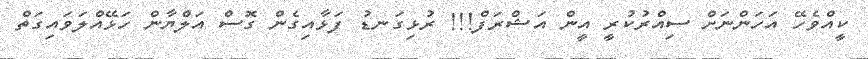
ކީއްވެހޭ އަހަންނަށް ސިއްރުކުރީ އީން އަޝްރަފް!!! ރުޅިގަނޑު ފަޅާއިގެން ގޮސް އަލްޔާން ހަޅޭއްލަވައިގަތް